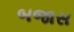
બજાસ